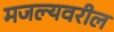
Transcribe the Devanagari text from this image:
मजल्यवरील